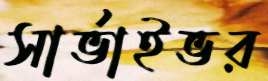
সার্ভাইভর